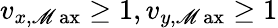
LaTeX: v_{x,\operatorname*{\mathscr{M}ax}}\geq1,v_{y,\operatorname*{\mathscr{M}ax}}\geq1